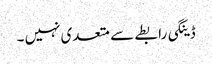
ڈینگی رابطے سے متعدی نہیں ۔